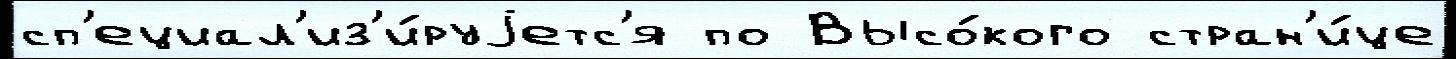
сп'ециал'из'и́руjетс'я по Высо́кого стран'и́це